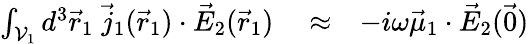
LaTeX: \begin{array}{rlr}{\int_{\mathcal{V}_{1}}d^{3}\vec{r}_{1}\; \vec{j}_{1}(\vec{r}_{1})\cdot\vec{E}_{2}(\vec{r}_{1})}&{{}\approx}&{-i\omega\vec{\mu}_{1}\cdot\vec{E}_{2}(\vec{0})}\end{array}